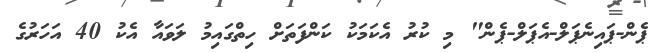
ޕެން-ޕައިނެޕަލް-އެޕަލް-ޕެން" މި ކުރު އެކަމަކު ކަންފަތަށް ހިތްގައިމު ލަވައާ އެކު 40 އަހަރުގެ